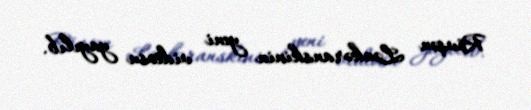
Rövşən Lənkəranskinin yeni videosu yayılıb.